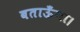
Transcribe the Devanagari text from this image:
बताऊँगा।